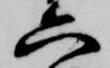
六